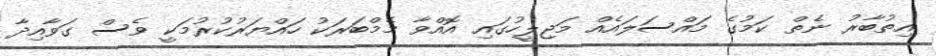
އިތުބާރު ނެތް ކަމުގެ މައްސަލައެއް މަޖިލީހުގައި އޮއްވާ މެމްބަރަކު ހައްޔަރުކުރުމަކީ ވެސް ގަވާއިދާ